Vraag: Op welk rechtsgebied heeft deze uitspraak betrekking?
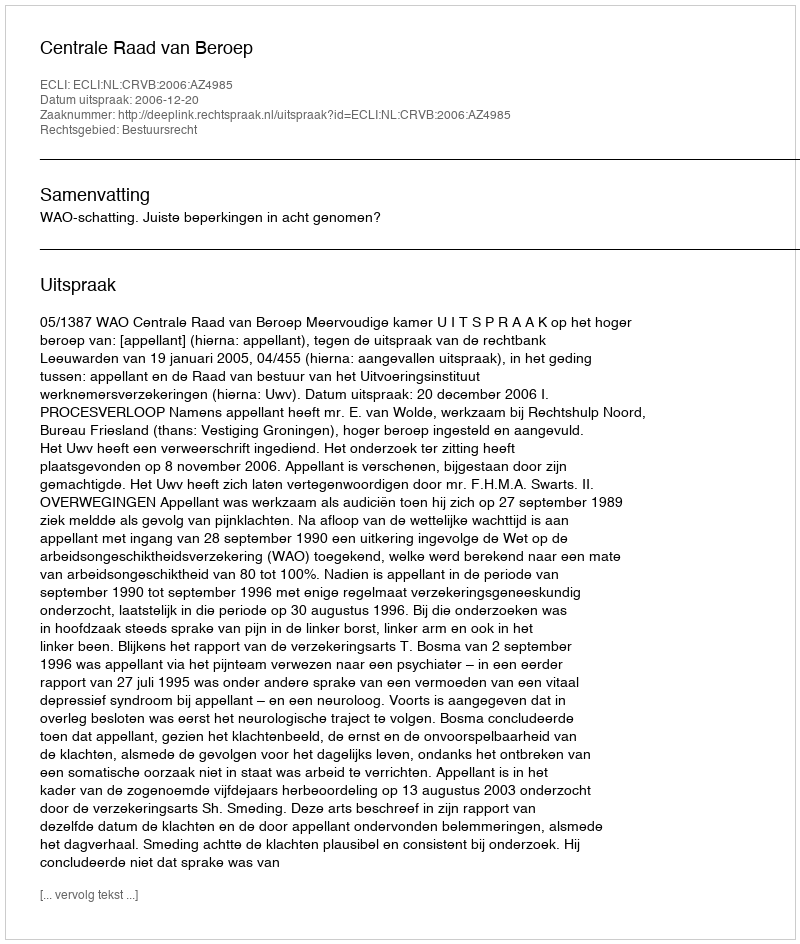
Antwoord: Bestuursrecht